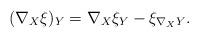
LaTeX: \begin{gather*}(\nabla_X\xi)_Y=\nabla_X\xi_Y-\xi_{\nabla_XY}.\end{gather*}